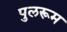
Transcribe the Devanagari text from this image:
पुलरूम